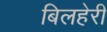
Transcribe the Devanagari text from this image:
बिलहेरी